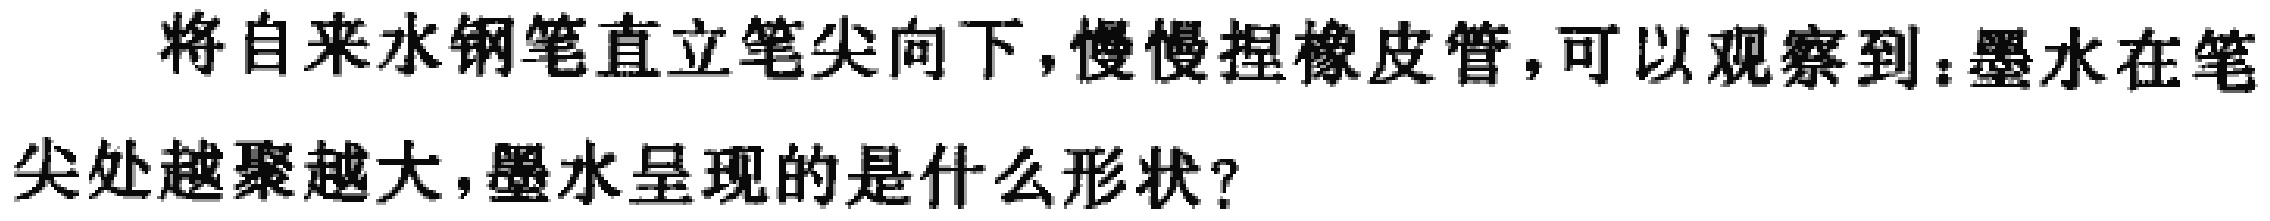
将自来水钢笔直立笔尖向下，慢慢捏橡皮管，可以观察到：墨水在笔尖处越聚越大，墨水呈现的是什么形状？